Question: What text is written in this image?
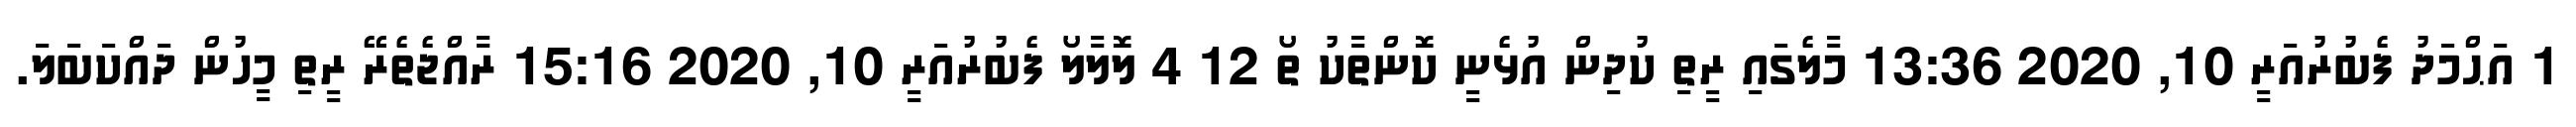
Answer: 1 އަޙްމަދު ފެބުރުއަރީ 10, 2020 13:36 މާލެގައި ރީތި ކުދިން އުޅެނީ ކޮންތާކު ތޯ 12 4 ލޮލާލޯ ފެބުރުއަރީ 10, 2020 15:16 ރާއްޖެތެރޭ ރީތި މީހުން ދައްކަބަލަ.